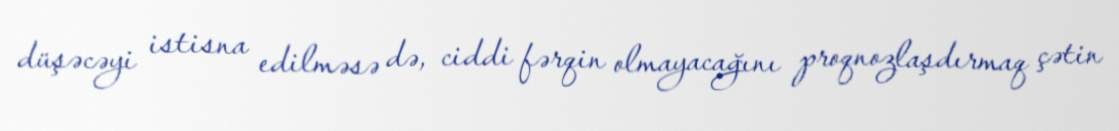
düşəcəyi istisna edilməsə də, ciddi fərqin olmayacağını proqnozlaşdırmaq çətin